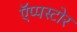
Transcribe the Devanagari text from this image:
ऍप्पस्टोर